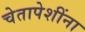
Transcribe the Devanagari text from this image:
चेतापेशींना